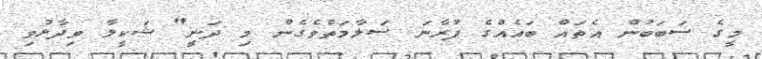
މީގެ ސަބަބުން އެތައް ބައެއްގެ ފުރާނަ ސަލާމަތްވެގެން މި ދަނީ" ޝަކީލާ ވިދާޅުވި